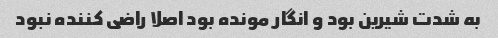
به شدت شیرین بود و انگار مونده بود اصلا راضی کننده نبود